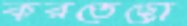
করতেছো